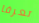
تعرفا